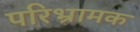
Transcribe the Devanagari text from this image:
परिभ्रामक